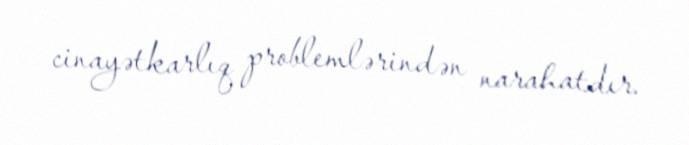
cinayətkarlıq problemlərindən narahatdır.